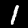
Label: 1